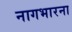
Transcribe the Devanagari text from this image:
नागभारना